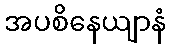
အပစိနေယျာနံ